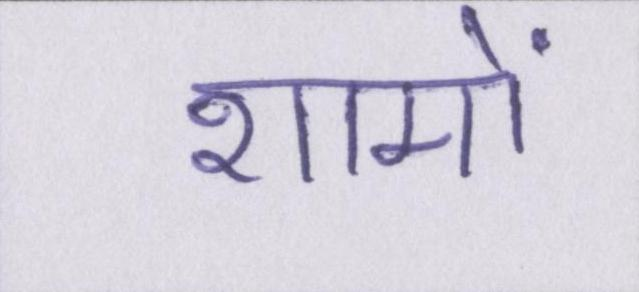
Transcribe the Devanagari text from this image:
शामों